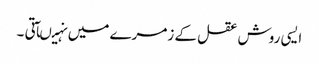
ایسی روش عقل کے زمرے میں نہیںآتی ۔